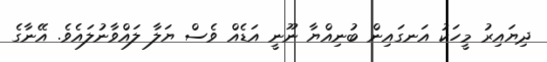
ދިޔައިރު މީހަކު އަނގައިން ބުނިއްޔާ ނޫނީ އަޑެއް ވެސް ޔަލާ ލައްވާނުލައެވެ. އޭނާގެ